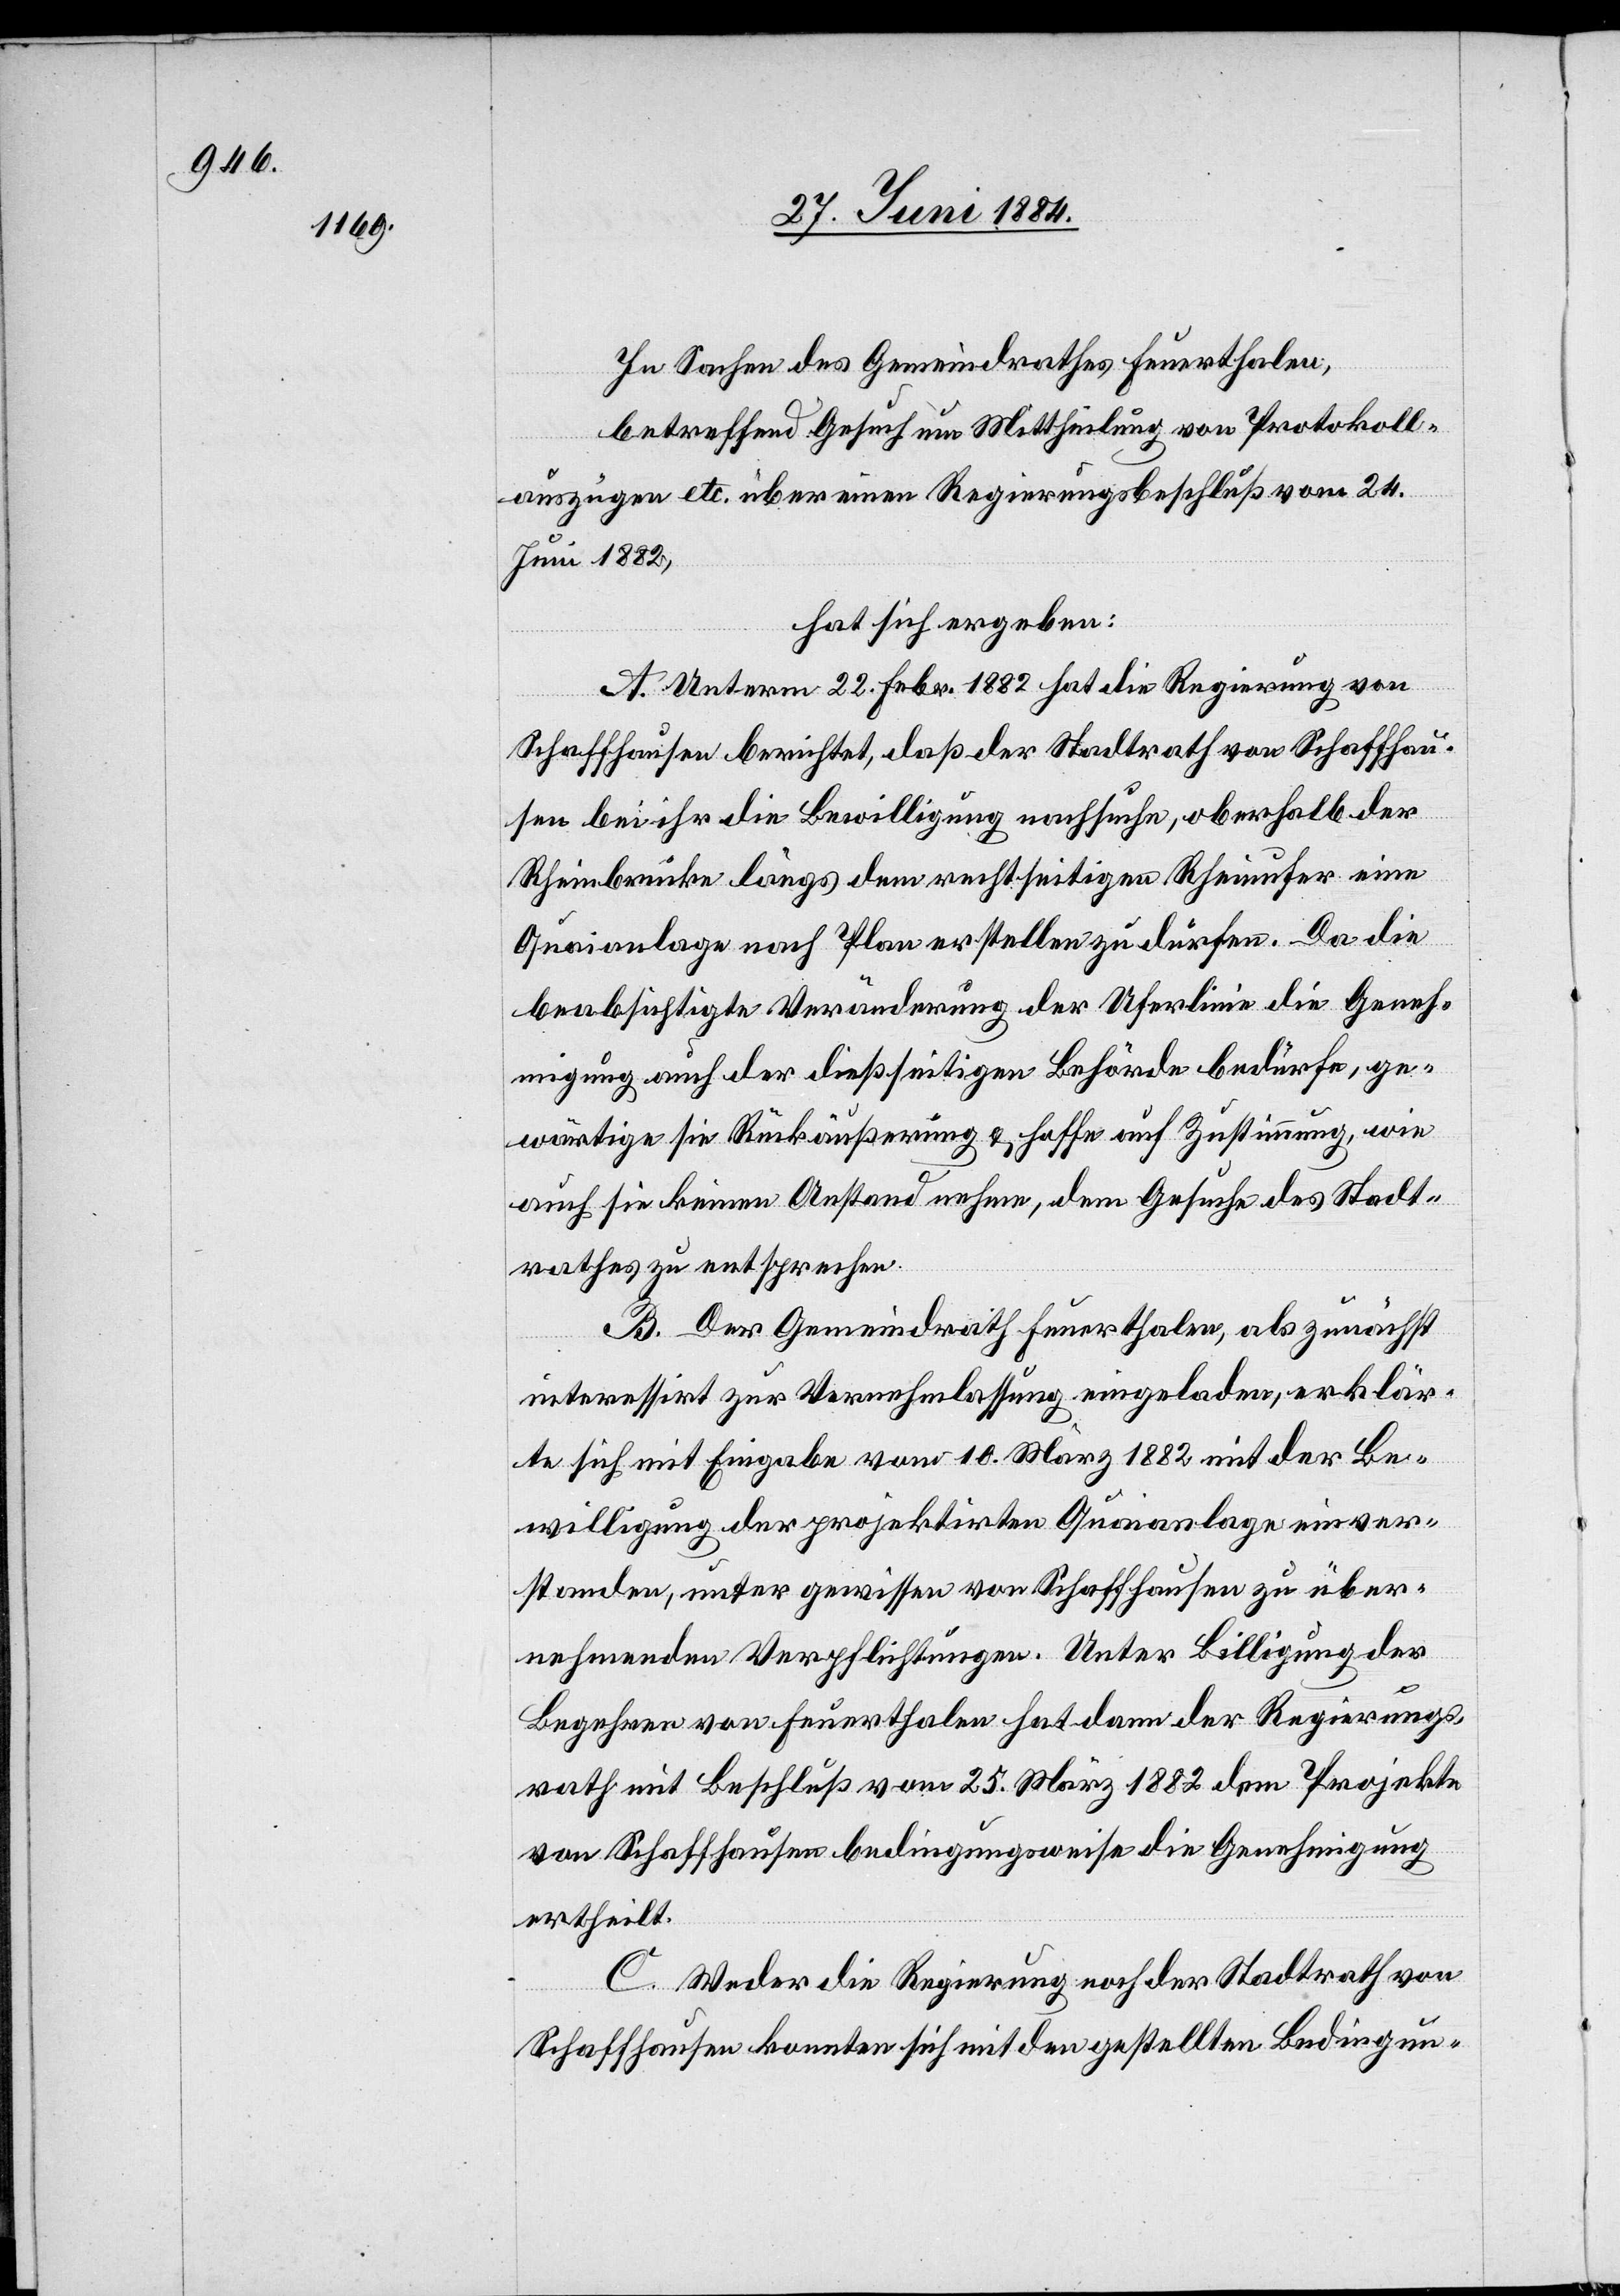
In Sachen des Gemeindrathes Feuerthalen,
betreffend Gesuch um Mittheilung von Protokoll¬
auszügen etc. über einen Regierungsbeschluß vom 24.
Juni 1882,
hat sich ergeben:
A. Unterm 22. Febr. 1882 hat die Regierung von
Schaffhausen berichtet, daß der Stadtrath von Schaffhau¬
sen bei ihr die Bewilligung nachsuche, oberhalb der
Rheinbrücke längs dem rechtseitigen Rheinufer eine
Quaianlage nach Plan erstellen zu dürfen. Da die
beabsichtigte Veränderung der Uferlinie die Geneh¬
migung auch der dießseitigen Behörde bedürfe, ge¬
wärtige sie Rückäußerung & hoffe auf Zustimmung, wie
auch sie keinen Anstand nehme, dem Gesuche des Stadt¬
rathes zu entsprechen.
B. Der Gemeindrath Feuerthalen, als zunächst
interessirt zur Vernehmlassung eingeladen, erklär¬
te sich mit Eingabe vom 10. März 1882 mit der Be¬
willigung der projektirten Quaianlage einver¬
standen, unter gewissen von Schaffhausen zu über¬
nehmenden Verpflichtungen. Unter Billigung der
Begehren von Feuerthalen hat dann der Regierungs¬
rath mit Beschluß vom 25. März 1882 dem Projekte
von Schaffhausen bedingungsweise die Genehmigung
ertheilt.
C. Weder die Regierung noch der Stadtrath von
Schaffhausen konnten sich mit den gestellten Bedingun-